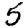
Digit: 5